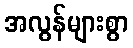
အလွန်များစွာ